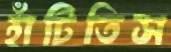
হাঁটিতিস